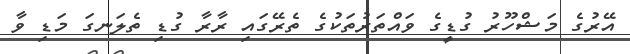
އޭރުގެ މަޝްހޫރު ގުޑީގެ ވައްތަރުތަކުގެ ތެރޭގައި ރާރާ ގުޑި ތެލަނގަ މަޑި ވާ